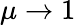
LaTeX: \mu\rightarrow 1